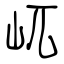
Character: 屼